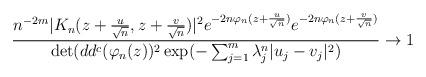
LaTeX: \begin{align*}\frac{n^{-2m}|K_n(z+\frac{u}{\sqrt{n}},z+\frac{v}{\sqrt{n}})|^2e^{-2n\varphi_n(z+\frac{u}{\sqrt{n}})}e^{-2n\varphi_n(z+\frac{v}{\sqrt{n}})}}{\det(dd^c(\varphi_n(z))^2\exp(-\sum_{j=1}^m\lambda_j^n|u_j-v_j|^2)}\to1\end{align*}